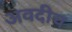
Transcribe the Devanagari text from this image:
अवदीच